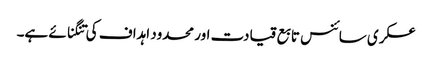
عسکری سائنس تابع قیادت اور محدود اہداف کی تنگنائے ہے۔